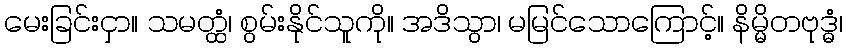
မေးခြင်းငှာ။ သမတ္ထံ၊ စွမ်းနိုင်သူကို။ အဒိသွာ၊ မမြင်သောကြောင့်။ နိမ္မိတဗုဒ္ဓံ၊